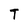
Character: T